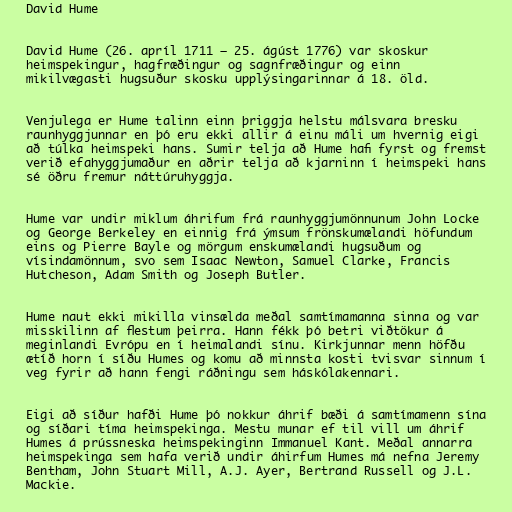
David Hume

David Hume (26. apríl 1711 – 25. ágúst 1776) var skoskur
heimspekingur, hagfræðingur og sagnfræðingur og einn
mikilvægasti hugsuður skosku upplýsingarinnar á 18. öld.

Venjulega er Hume talinn einn þriggja helstu málsvara bresku
raunhyggjunnar en þó eru ekki allir á einu máli um hvernig eigi
að túlka heimspeki hans. Sumir telja að Hume hafi fyrst og fremst
verið efahyggjumaður en aðrir telja að kjarninn í heimspeki hans
sé öðru fremur náttúruhyggja.

Hume var undir miklum áhrifum frá raunhyggjumönnunum John Locke
og George Berkeley en einnig frá ýmsum frönskumælandi höfundum
eins og Pierre Bayle og mörgum enskumælandi hugsuðum og
vísindamönnum, svo sem Isaac Newton, Samuel Clarke, Francis
Hutcheson, Adam Smith og Joseph Butler.

Hume naut ekki mikilla vinsælda meðal samtímamanna sinna og var
misskilinn af flestum þeirra. Hann fékk þó betri viðtökur á
meginlandi Evrópu en í heimalandi sínu. Kirkjunnar menn höfðu
ætíð horn í síðu Humes og komu að minnsta kosti tvisvar sinnum í
veg fyrir að hann fengi ráðningu sem háskólakennari.

Eigi að síður hafði Hume þó nokkur áhrif bæði á samtímamenn sína
og síðari tíma heimspekinga. Mestu munar ef til vill um áhrif
Humes á prússneska heimspekinginn Immanuel Kant. Meðal annarra
heimspekinga sem hafa verið undir áhirfum Humes má nefna Jeremy
Bentham, John Stuart Mill, A.J. Ayer, Bertrand Russell og J.L.
Mackie.